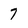
Character: 7